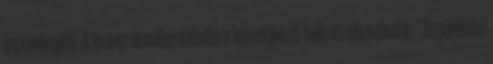
eszményíti. A bronz domborművön a következő felirat olvasható: "Árpádházi